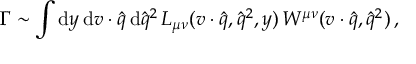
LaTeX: \frac { \partial ( - 2 \tilde { \sigma } ) } { \partial M } = \frac { 1 } { f ^ { \prime } } \frac { \partial f ^ { \prime } } { \partial M } + \frac { 2 \bar { f } G ( f ) } { 1 - f \bar { f } } + \mathrm { c . c . }